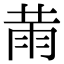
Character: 𦲸